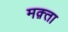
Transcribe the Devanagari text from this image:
मक़्ता